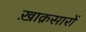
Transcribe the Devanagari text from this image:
ख़ाक़सारों